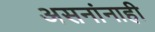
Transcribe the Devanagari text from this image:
असनांनाही